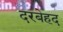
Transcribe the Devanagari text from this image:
दरबेहद